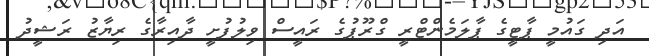
އަދި ގައުމީ ޕާޓީގެ ޕާލަމެންޓްރީ ގްރޫޕުގެ ރައީސް ވިލުފުށީ ދާއިރާގެ ރިޔާޒު ރަޝީދު